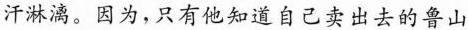
汗淋漓。因为，只有他知道自己卖出去的鲁山